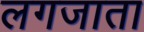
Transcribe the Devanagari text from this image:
लगजाता